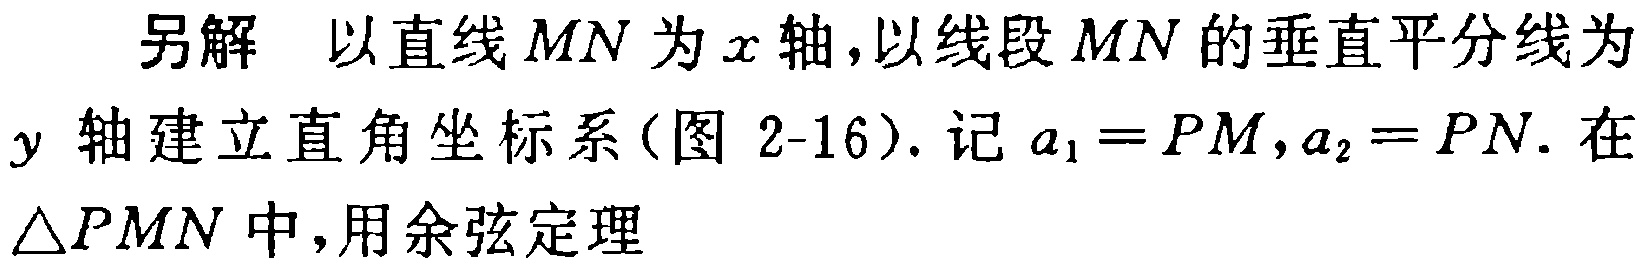
另解 以直线 \(MN\) 为 \(x\) 轴,以线段 \(MN\) 的垂直平分线为
\(y\) 轴建立直角坐标系(图 2-16). 记 \(a_{1}=PM,a_{2}=PN\). 在
\(\triangle PMN\) 中,用余弦定理